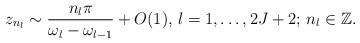
LaTeX: \begin{align*}z_{n_l}\sim\frac{{n_l}\pi}{\omega_{l}-\omega_{l-1}}+O(1),\,l=1,\ldots,2J+2;\,n_{l}\in\mathbb{Z}.\end{align*}